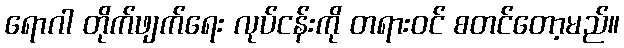
ရောဂါ တိုက်ဖျက်ရေး လုပ်ငန်းကို တရားဝင် စတင်တော့မည်။